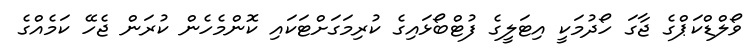
ވޯލްޑްކަޕްގެ ޖާގަ ހޯދުމަކީ އިޓަލީގެ ފުޓްބޯޅައިގެ ކުރިމަގަށްޓަކައި ކޮންމެހެން ކުރަން ޖެހޭ ކަމެއްގެ